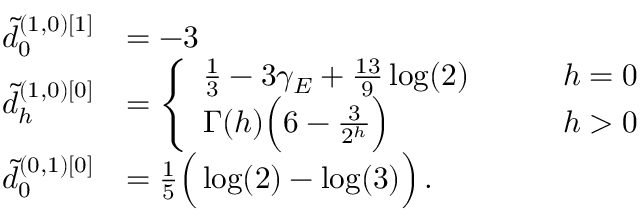
\begin{array} { r l } { \tilde { d } _ { 0 } ^ { ( 1 , 0 ) [ 1 ] } } & { = - 3 } \\ { \tilde { d } _ { h } ^ { ( 1 , 0 ) [ 0 ] } } & { = \left\{ \begin{array} { l l } { \frac 1 3 - 3 \gamma _ { E } + \frac { 1 3 } { 9 } \log ( 2 ) } & { \qquad h = 0 } \\ { \Gamma ( h ) \Big ( 6 - \frac { 3 } { 2 ^ { h } } \Big ) } & { \qquad h > 0 } \end{array} \right. } \\ { \tilde { d } _ { 0 } ^ { ( 0 , 1 ) [ 0 ] } } & { = \frac 1 5 \Big ( \log ( 2 ) - \log ( 3 ) \Big ) \, . } \end{array}